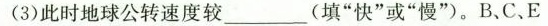
(3)此时地球公转速度较___(填”快”或”慢”)。B、C.E